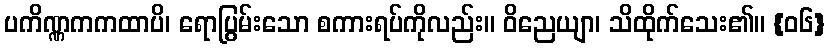
ပကိဏ္ဏကကထာပိ၊ ရောပြွမ်းသော စကားရပ်ကိုလည်း။ ဝိညေယျာ၊ သိထိုက်သေး၏။ {၀၆}